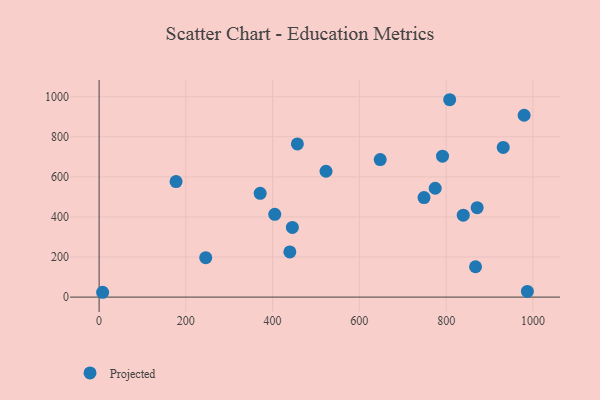
{"axis": {"x": "Study Hours", "y": "Yield"}, "legend": ["Projected"], "data": [{"x": "648.0", "y": 686.3, "type": "Projected"}, {"x": "867.8", "y": 151.5, "type": "Projected"}, {"x": "371.3", "y": 518.1, "type": "Projected"}, {"x": "404.9", "y": 412.9, "type": "Projected"}, {"x": "245.8", "y": 197.0, "type": "Projected"}, {"x": "839.5", "y": 409.1, "type": "Projected"}, {"x": "445.5", "y": 347.7, "type": "Projected"}, {"x": "439.7", "y": 225.6, "type": "Projected"}, {"x": "774.8", "y": 543.4, "type": "Projected"}, {"x": "749.0", "y": 496.5, "type": "Projected"}, {"x": "523.1", "y": 628.1, "type": "Projected"}, {"x": "979.8", "y": 907.6, "type": "Projected"}, {"x": "808.2", "y": 985.1, "type": "Projected"}, {"x": "987.3", "y": 28.1, "type": "Projected"}, {"x": "871.5", "y": 446.5, "type": "Projected"}, {"x": "931.6", "y": 747.2, "type": "Projected"}, {"x": "8.1", "y": 24.1, "type": "Projected"}, {"x": "177.4", "y": 576.6, "type": "Projected"}, {"x": "791.7", "y": 703.5, "type": "Projected"}, {"x": "457.1", "y": 764.3, "type": "Projected"}]}